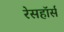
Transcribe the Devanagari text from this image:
रेसहॉर्स